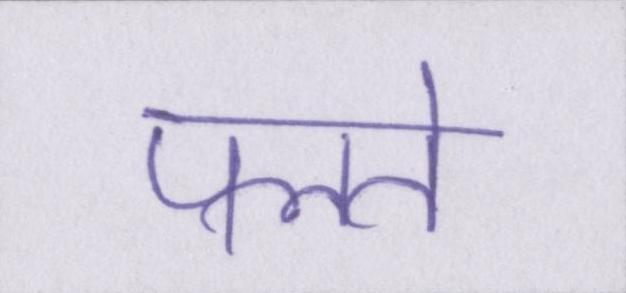
पलते